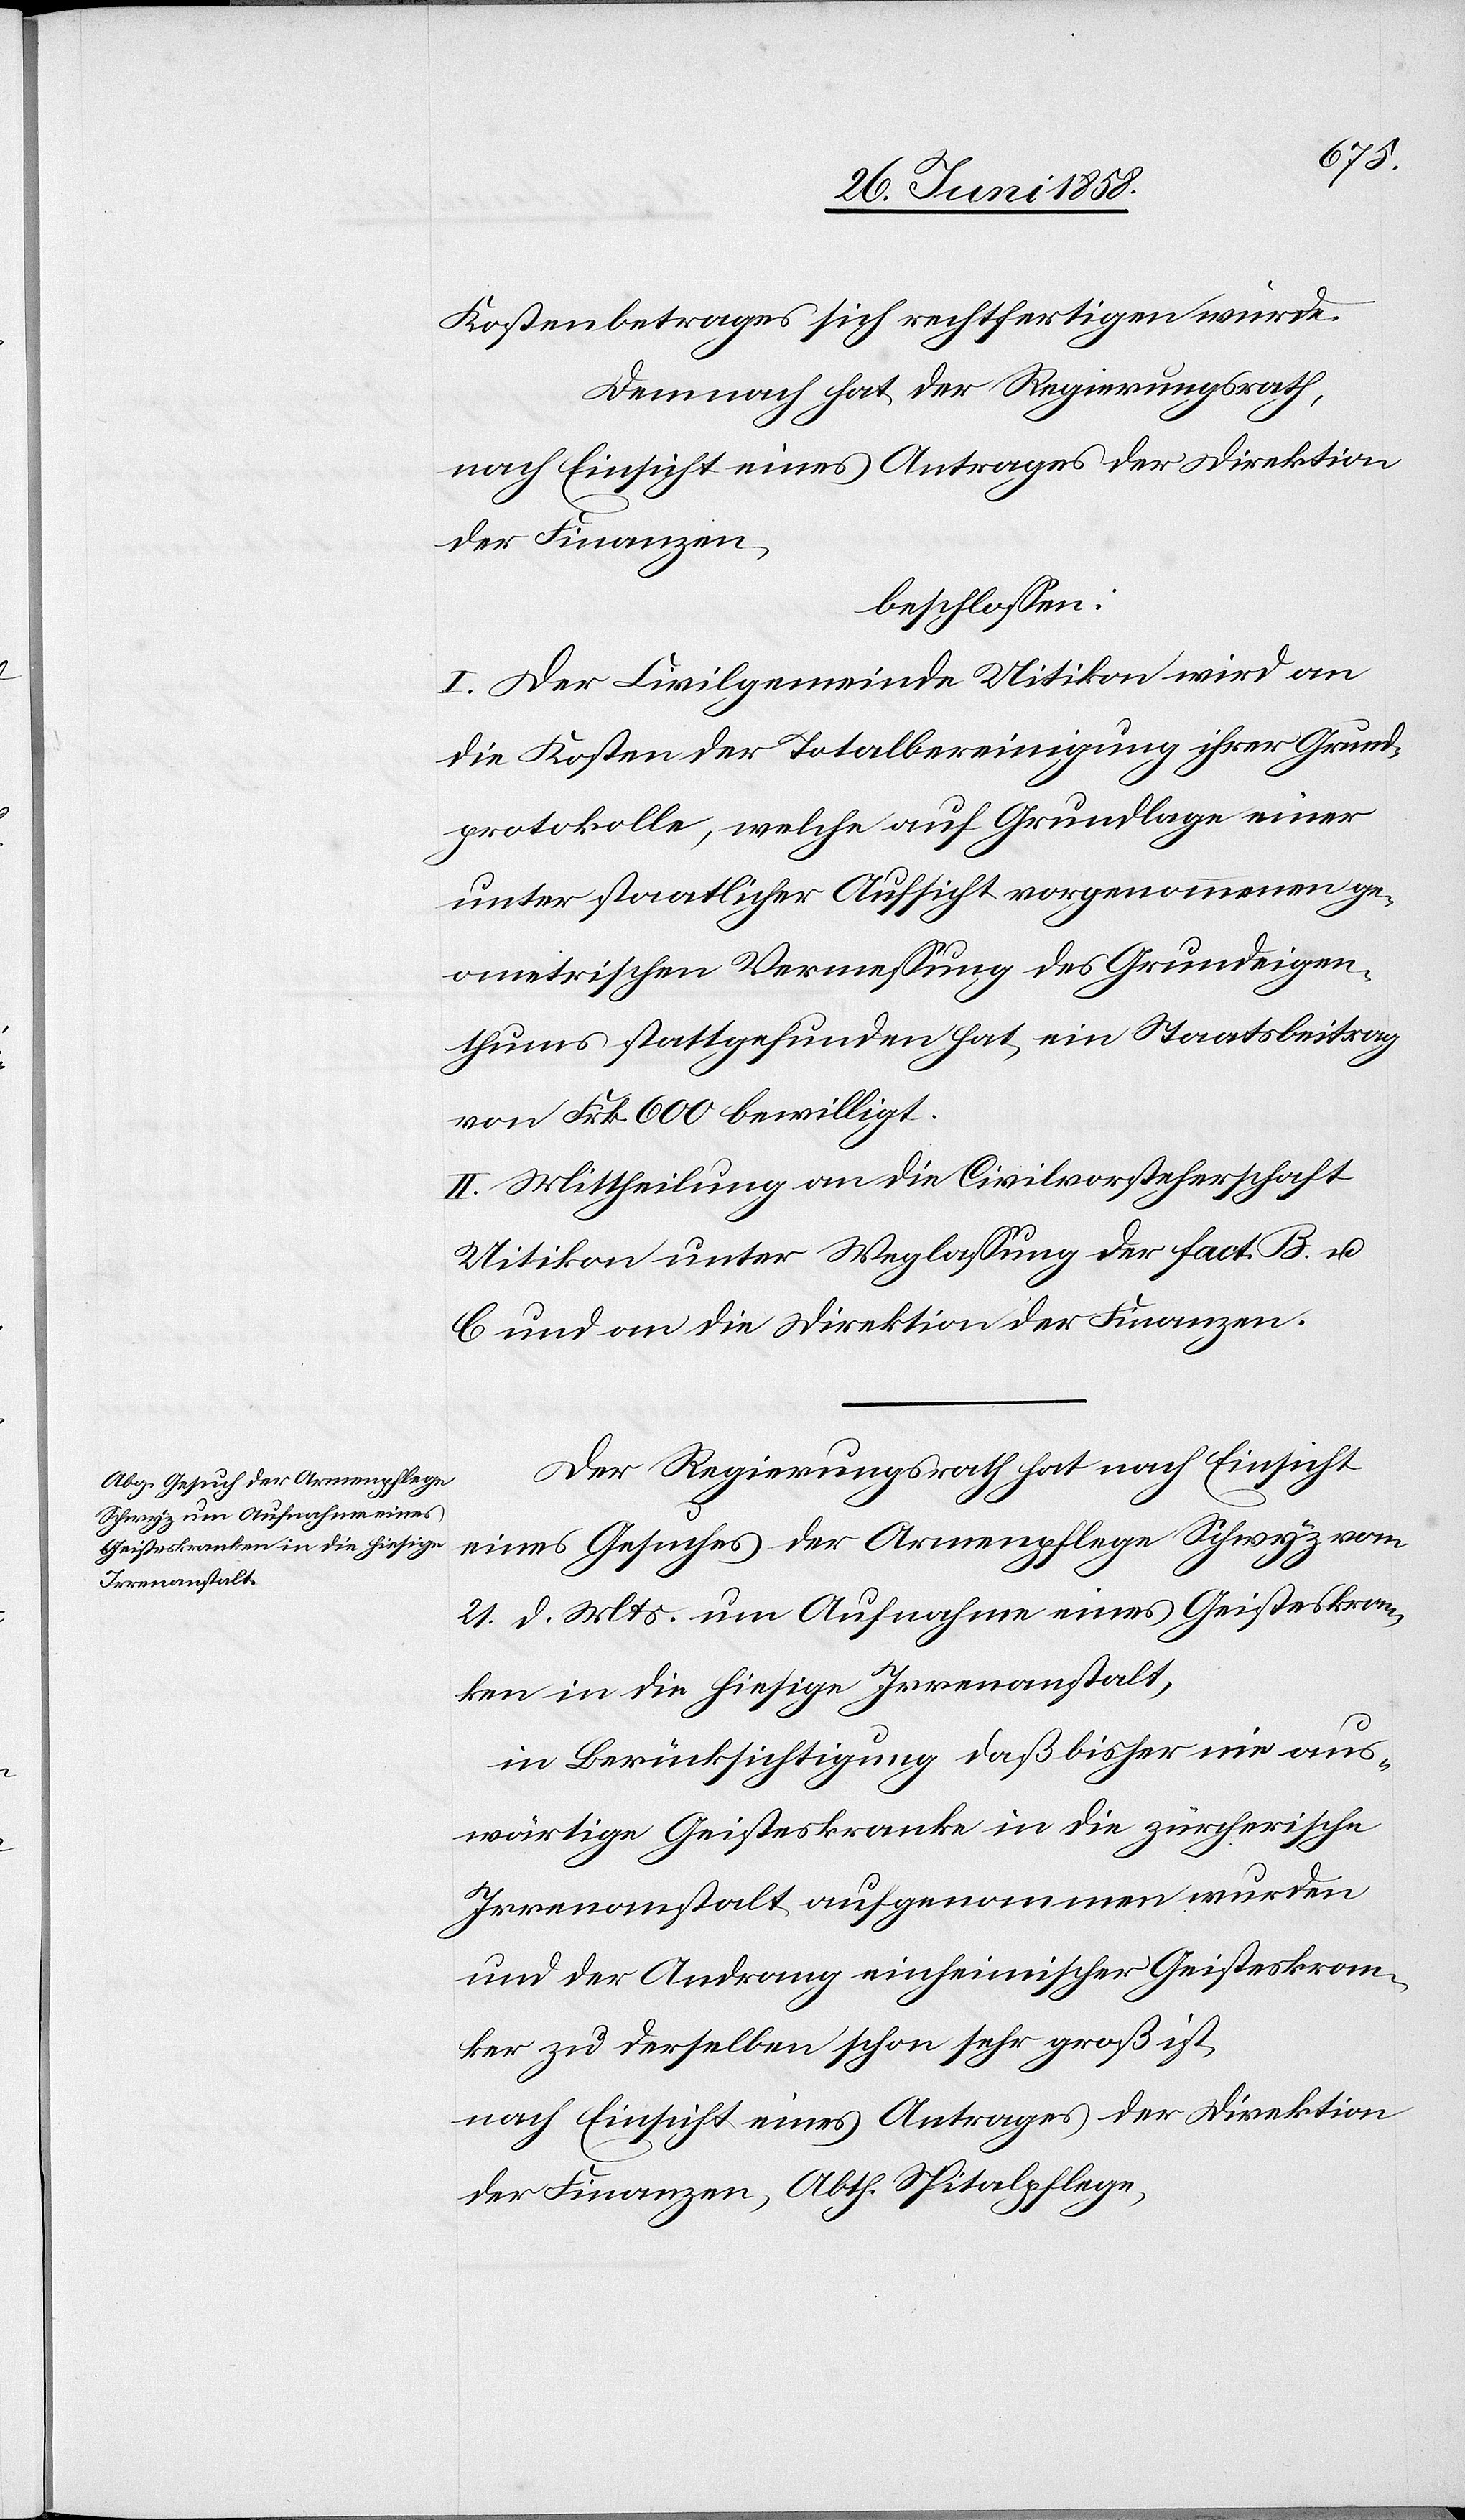
Kostenbetrages sich rechtfertigen würde.
Demnach hat der Regierungsrath,
nach Einsicht eines Antrages der Direktion
der Finanzen,
beschlossen:
I. Der Civilgemeinde Uitikon wird an
die Kosten der Totalbereinigung ihrer Grund¬
protokolle, welche auf Grundlage einer
unter staatlicher Aufsicht vorgenommenen ge¬
ometrischen Vermessung des Grundeigen¬
thums stattgefunden hat, ein Staatsbeitrag
von Frk. 600 bewilligt.
II. Mittheilung an die Civilvorsteherschaft
Uitikon unter Weglassung der Fact. B. u.
C und an die Direktion der Finanzen.
Der Regierungsrath hat nach Einsicht
eines Gesuches der Armenpflege Schwyz vom
21. d. Mts. um Aufnahme eines Geisteskran¬
ken in die hiesige Irrenanstalt,
in Berücksichtigung daß bisher nie aus¬
wärtige Geisteskranke in die zürcherische
Irrenanstalt aufgenommen wurden
und der Andrang einheimischer Geisteskran¬
ker zu derselben schon sehr groß ist,
nach Einsicht eines Antrages der Direktion
der Finanzen, Abth. Spitalpflege,